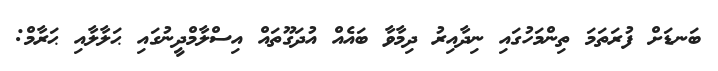
ބަނޑަށް ފުރަތަމަ ތިންމަހުގައި ނިދާއިރު ދިމާވާ ބައެއް އުދަގޫތައް އިސްލާމްދީނުގައި ޙަލާލާއި ޙަރާމް: